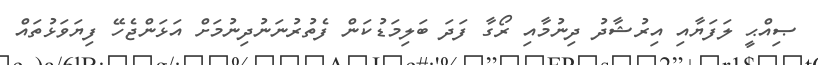
ޞިއްޙީ ލަފަޔާއި އިރުޝާދު ދިނުމާއި ރޯގާ ފަދަ ބަލިމަޑުކަން ފެތުރުނަނުދިނުމަށް އަޅަންޖެހޭ ފިޔަވަޅުތައް